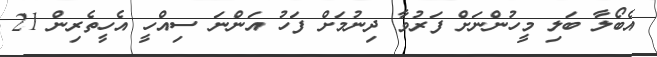
އެބޯލާ ބަލި މީހުންނަށް ފަރުވާ ދިނުމަށް ފަހު އަންނަ ސިއްހީ އެހީތެރިން 21